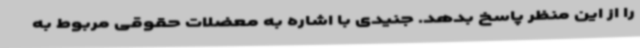
را از این منظر پاسخ بدهد. جنیدی با اشاره به معضلات حقوقی مربوط به